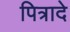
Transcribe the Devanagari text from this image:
पित्रादे